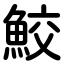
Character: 鮫